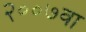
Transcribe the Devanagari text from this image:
२००७वा